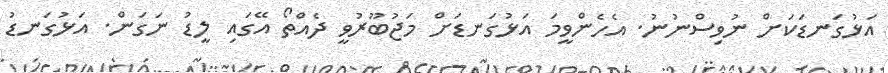
އަޅުގަނޑަކަށް ނުވިސްނުނު. އެެހެންވީމަ އަޅުގަނޑަށް މަޖުބޫރުވީ ދެއްތޯ އޭގައި ލީޑު ނަގަން. އަޅުގަނޑު